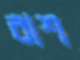
রাশ